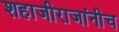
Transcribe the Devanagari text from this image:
शहाजीराजांनीच